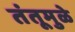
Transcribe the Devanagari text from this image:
तंतूमुळे